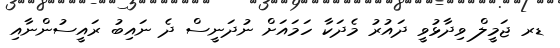
ޑރ ޖަމީލް ވިދާޅުވީ ދައުރު މެދަކާ ހަމައަށް ނުދަނީސް ދެ ނައިބު ރައީސުންނާއި